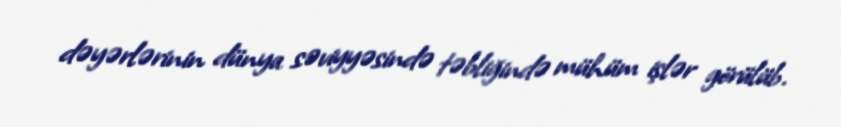
dəyərlərinin dünya səviyyəsində təbliğində mühüm işlər görülüb.